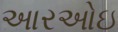
આરઓઇ